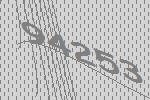
94253